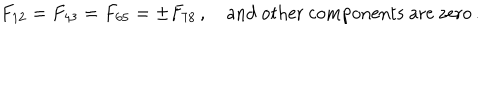
F _ { 1 2 } = F _ { 4 3 } = F _ { 6 5 } = \pm F _ { 7 8 } \, , \quad \textrm { a n d o t h e r c o m p o n e n t s a r e z e r o } \, .